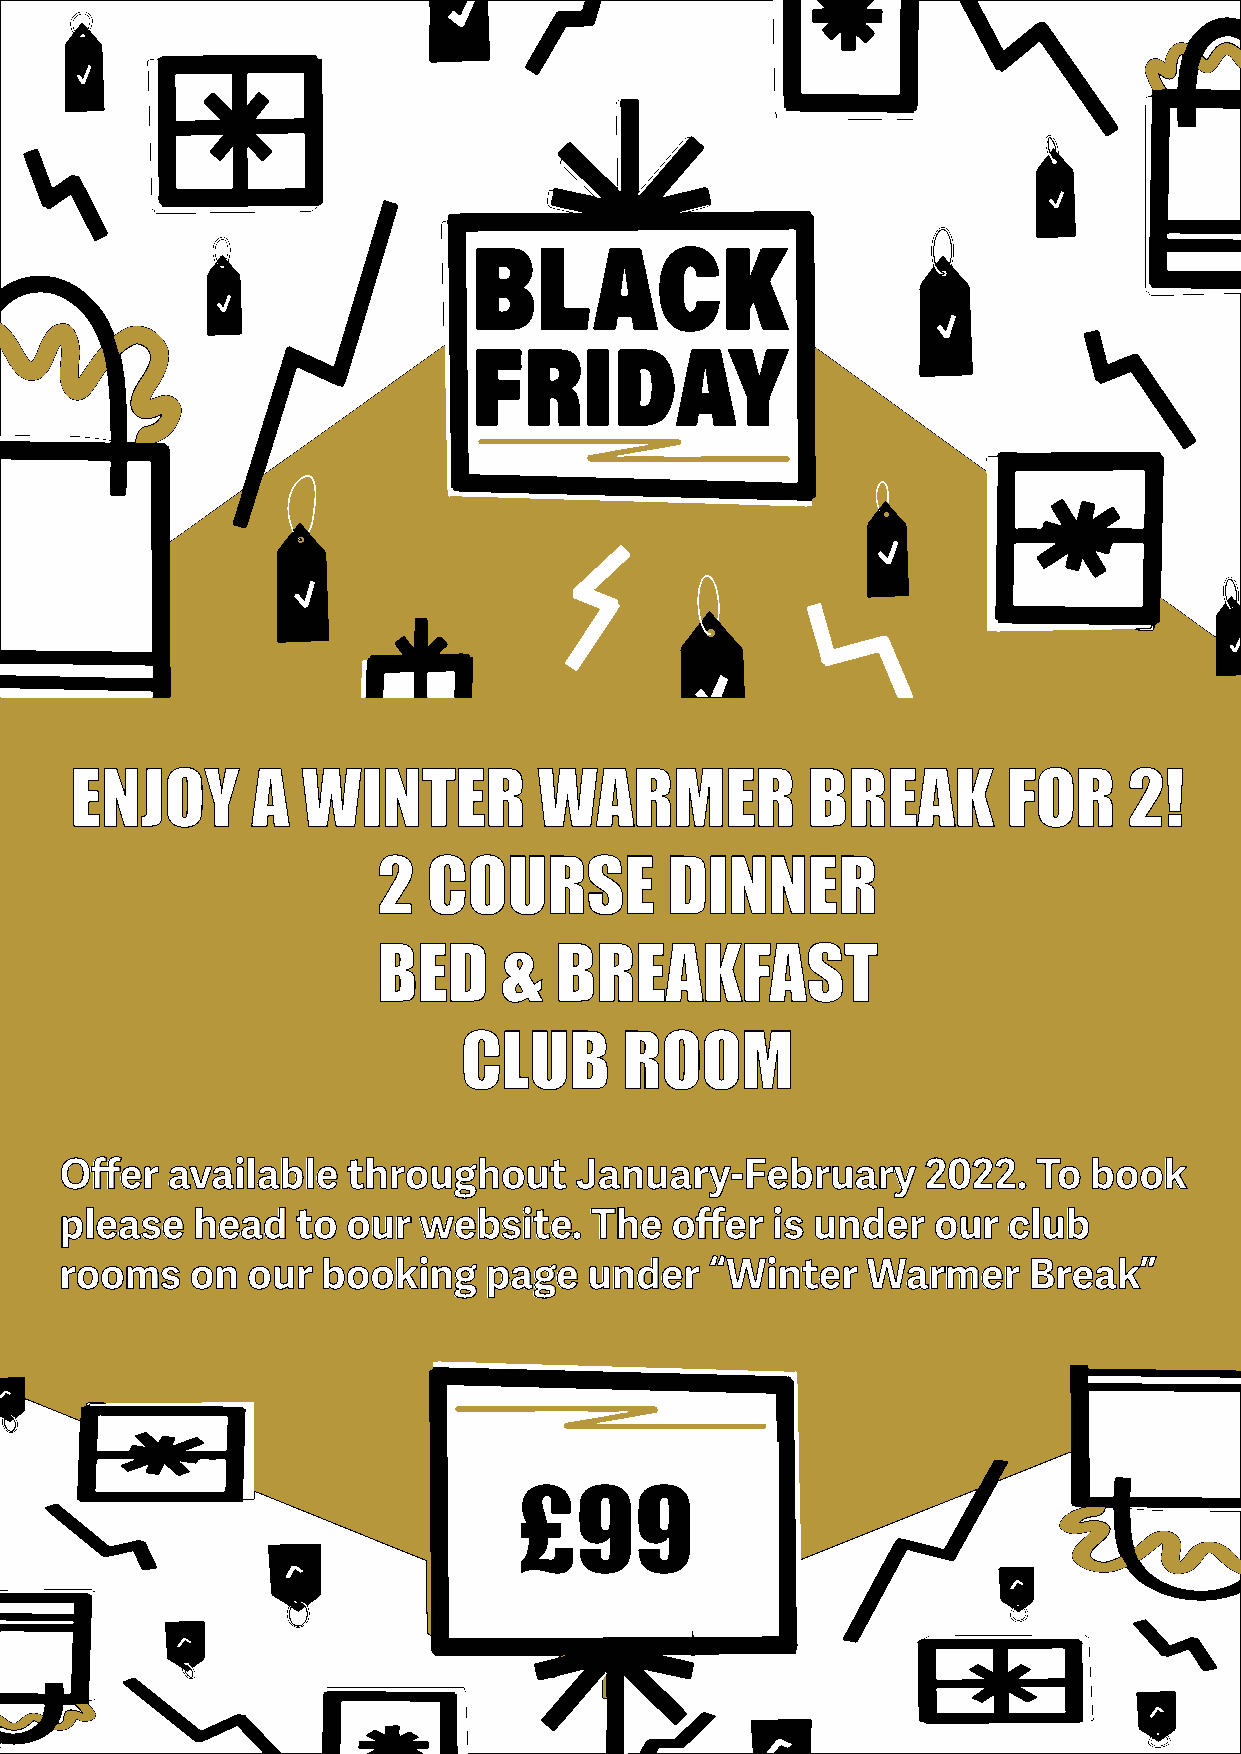
ENJOY       A  WINTER          WARMER           BREAK         FOR     2!
 2  COURSE          DINNER
 BED     &   BREAKFAST
 CLUB      ROOM
 Offer  available   throughout     January-February       2022.   To book
 please   head   to our  website.   The  offer  is under   our  club
 rooms    on our  booking    page   under   “Winter   Warmer     Break”
 £99